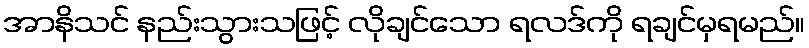
အာနိသင် နည်းသွားသဖြင့် လိုချင်သော ရလဒ်ကို ရချင်မှရမည်။